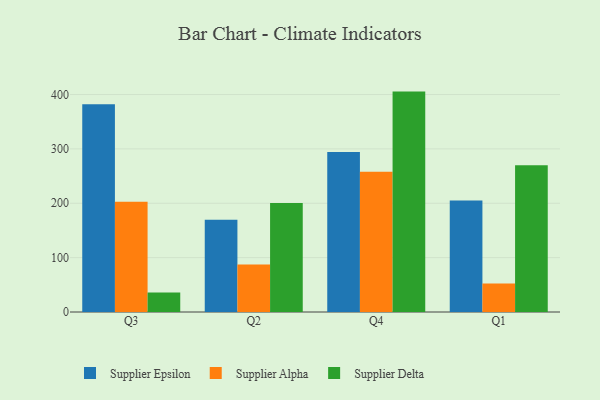
{"axis": {"x": "Quarter", "y": "Shipments"}, "legend": ["Supplier Alpha", "Supplier Delta", "Supplier Epsilon"], "data": [{"x": "Q3", "y": 382.1, "type": "Supplier Epsilon"}, {"x": "Q3", "y": 203.0, "type": "Supplier Alpha"}, {"x": "Q3", "y": 35.7, "type": "Supplier Delta"}, {"x": "Q2", "y": 169.7, "type": "Supplier Epsilon"}, {"x": "Q2", "y": 87.3, "type": "Supplier Alpha"}, {"x": "Q2", "y": 200.3, "type": "Supplier Delta"}, {"x": "Q4", "y": 294.5, "type": "Supplier Epsilon"}, {"x": "Q4", "y": 257.9, "type": "Supplier Alpha"}, {"x": "Q4", "y": 405.4, "type": "Supplier Delta"}, {"x": "Q1", "y": 205.3, "type": "Supplier Epsilon"}, {"x": "Q1", "y": 52.6, "type": "Supplier Alpha"}, {"x": "Q1", "y": 270.0, "type": "Supplier Delta"}]}